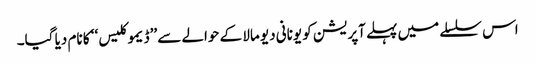
اس سلسلے میں پہلے آپریشن کو یونانی دیو مالا کے حوالے سے ’’ڈیموکلیس‘‘ کا نام دیا گیا۔